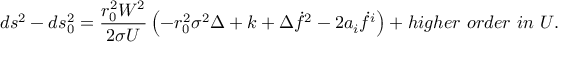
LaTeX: d s ^ { 2 } - d s _ { 0 } ^ { 2 } = { \frac { r _ { 0 } ^ { 2 } W ^ { 2 } } { 2 \sigma U } } \left( - r _ { 0 } ^ { 2 } \sigma ^ { 2 } \Delta + k + \Delta \dot { f } ^ { 2 } - 2 a _ { i } \dot { f } ^ { i } \right) + h i g h e r \ o r d e r \ i n \ U .